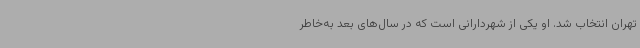
تهران انتخاب شد. او یکی از شهردارانی است که در سال‌های بعد به‌خاطر